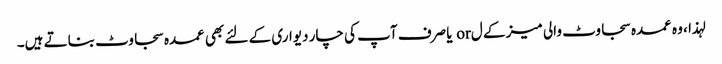
لہذا ، وہ عمدہ سجاوٹ والی میز کے ل or یا صرف آپ کی چار دیواری کے لئے بھی عمدہ سجاوٹ بناتے ہیں۔